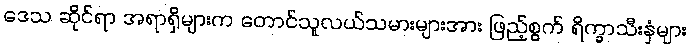
ဒေသ ဆိုင်ရာ အရာရှိများက တောင်သူလယ်သမားများအား ဖြည့်စွက် ရိက္ခာသီးနှံများ